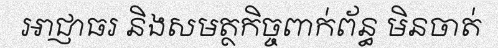
អាជ្ញាធរ និងសមត្ថកិច្ចពាក់ព័ន្ធ មិនចាត់